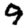
Digit: 9